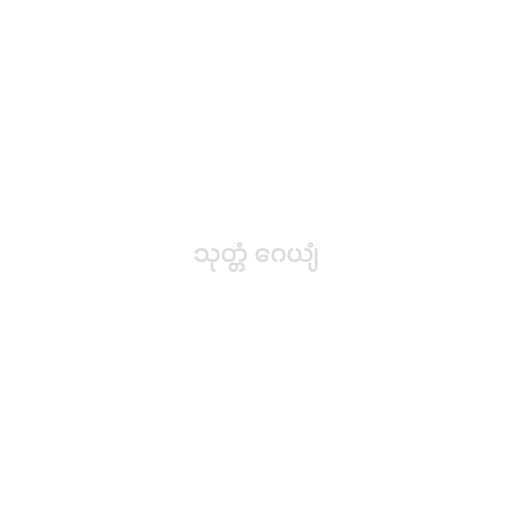
သုတ္တံ ဂေယျံ